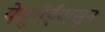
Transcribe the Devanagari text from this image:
येसुगेईपासून